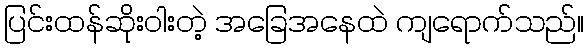
ပြင်းထန်ဆိုးဝါးတဲ့ အခြေအနေထဲ ကျရောက်သည်။